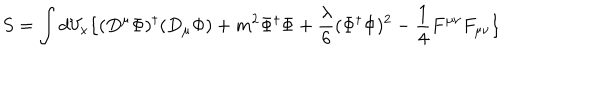
S = \int d V _ { x } \lbrace ( D ^ { \mu } \Phi ) ^ { \dagger } ( D _ { \mu } \Phi ) + m ^ { 2 } \Phi ^ { \dagger } \Phi + \frac { \lambda } { 6 } ( \Phi ^ { \dagger } \Phi ) ^ { 2 } - \frac { 1 } { 4 } F ^ { \mu \nu } F _ { \mu \nu } \rbrace